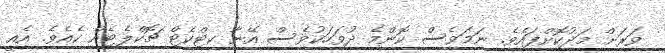
ވަރަށް މަދުކޮށްފައެވެ. ނަމަވެސް ކޮންމެ ދުވަހަކުވެސް އޭނާ ކިޓްކެޓް ޗޮކްލެޓެއް ކެއެވެ. އެއީ